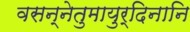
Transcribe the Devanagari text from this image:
वसन्नेतुमायुर्दिनानि